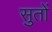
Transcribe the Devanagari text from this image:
सुतों